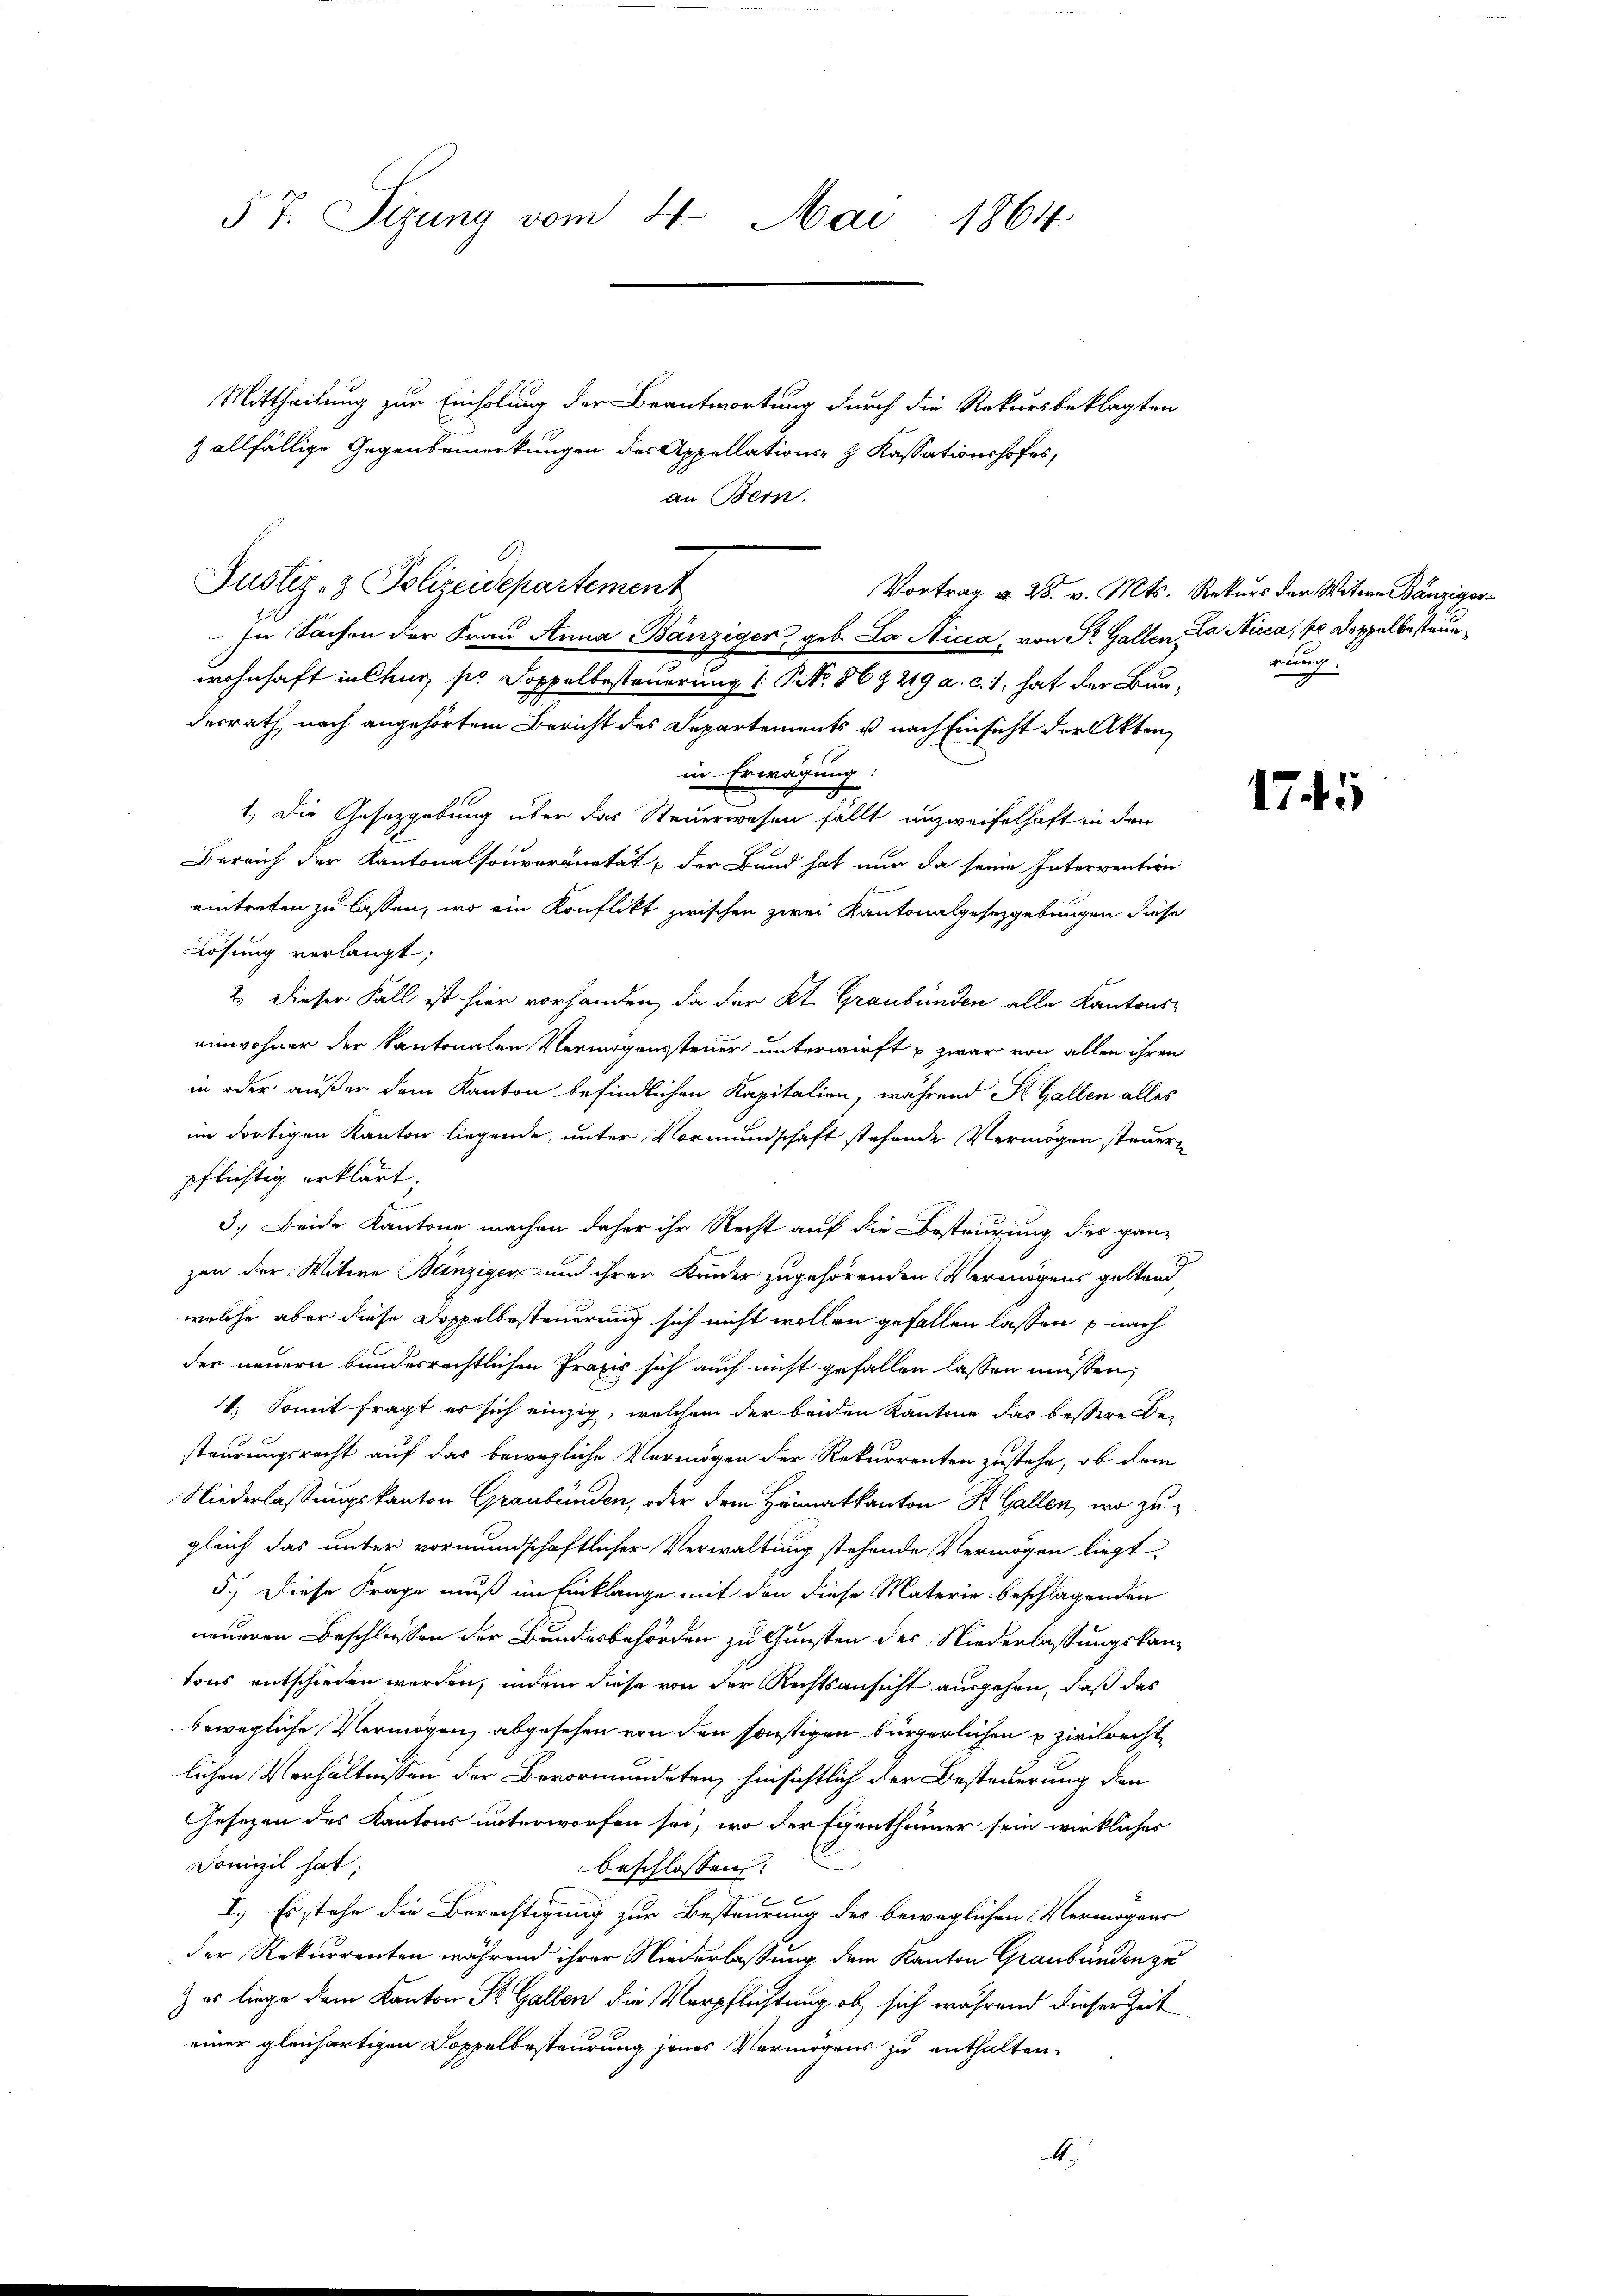
57. Sizung vom 4. Mai 1864.

Mittheilung zur Einholung der Beantwortung durch die Rekursbeklagten
 allfällige Gegenbemerkungen des Appellations- & Kassationshofes,
an Bern.
Justiz- & Polizeidepartement
wohnhaft in Chur, pr Doppelbesteuerung 1 S. No. 869 219 a. c. 1, hat der Bundesrath nach angehörtem Bericht des Departements u nach Einsicht der Akten
in Erwägung.
1.) Die Gesetzgebung über das Steuerwesen fällt unzweifelhaft in den
Bereich der Kantonalsouveränetät der Bund hat nur da seine Intervention
eintreten zu lassen, wo ein Konflikt zwischen zwei Kantonalgesetzgebungen diese
Lösung verlangt;
2.) Dieser Fall ist hier vorhanden, da der Kt. Graubünden alle Kantonseinwohner der kantonalen Vermögenssteuer unterwirft u zwar von allen ihren
in oder außer dem Kanton befindlichen Kapitalien, während St. Gallen alles
im dortigen Kanton liegende, unter Vormundschaft stehende Vermögen steuerpflichtig erklärt.
u
3.) Beide Kantone machen daher ihr Recht auf die Besteurung des ganzen der Witwe Bänziger und ihrer Kinder zugehörenden Vermögens geltend,
welche aber diese Doppelbesteuerung sich nicht wollen gefallen lassen p. nach
der neuern bundesrechtlichen Praxis sich auch nicht gefallen lassen müssen,
4. Somit fragt es sich einzig, welchem der beiden Kantone das bessere Be-
steurungsrecht auf das bewegliche Vermögen der Rekurrenten zustehe, ob dem
Niederlassungskanton Graubünden, oder dem Hännatkanton St. Gallen, wo zu
gleich das unter vormundschaftlicher Verwaltung stehende Vermögen liegt,
5.) Diese Frage muß im Einklange mit den diese Materie beschlagenden
neueren Beschliessen der Bundesbehörden zu Gunsten des Niederlassungskantons entschieden werden, indem diese von der Rechtsansicht ausgehen, daß das
bewegliche Vermögen, abgesehen von den sonstigen bürgerlichen & zivilrechtlichen Verhältnissen der Bevormundeten, hinsichtlich der Besteuerung den
Gesezen des Kantons unterworfen sei, wo der Egenthümer sein wirkliches
Domizil hat;
beschlossen:
6
I.) Es stehe die Berechtigung zur Besteurung des beweglichen Vermögens
der Rekurrenten während ihrer Niederlassung dem Kanton Graubünden zu
) es liege dem Kanton St. Gallen die Verpflichtung ob, sich während dieser Zeit
einer gleichartigen Doppelbesteurung jenes Vermögens zu enthalten.
A.

In Sachen der Frau Anna Bänziger, geb. La Nicca, von Sr. Gallen, a Nicca, so doppelbesteue¬

Vortrag d. 28. v. Mts. Rekurs der Witwe Bänziger
rung.
9

1745